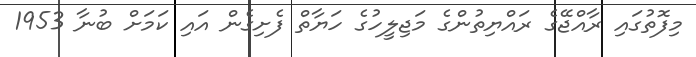
މިފޮތުގައި ރާއްޖޭގެ ރައްޔިތުންގެ މަޖިލީހުގެ ހަޔާތް ފެށިގެން އައި ކަމަށް ބުނާ 1953